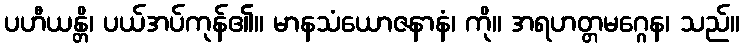
ပဟီယန္တိ၊ ပယ်အပ်ကုန်၏။ မာနသံယောဇနာနံ၊ ကို။ အရဟတ္တမဂ္ဂေန၊ သည်။